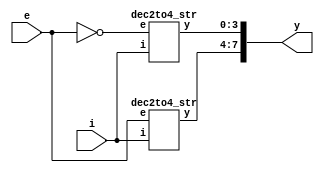
module dec3to8_str_(i,e,y
    );
	 input [1:0]i;
	 input e;
	 output [7:0]y;
	 wire w;
	 not n1(w,e);
	 dec2to4_str n2(i[1:0],w,y[3:0]);
	 dec2to4_str n3(i[1:0],e,y[7:4]);
endmodule
module dec2to4_str(i,e,y
    );
	 input [1:0]i;
	 input e;
	 output [3:0]y;
	 wire w[2:1];
	 not n1(w[1],i[0]);
	 not n2(w[2],i[1]);
	 and n3(y[0],e,w[2],w[1]);
	 and n4(y[1],e,i[0],w[2]);
	 and n5(y[2],e,w[1],i[1]);
	 and n6(y[3],e,i[0],i[1]);
endmodule
module dec3to8_str_tb;

	// Inputs
	reg [1:0] i;
	reg e;

	// Outputs
	wire [7:0] y;

	// Instantiate the design Under Test (DUT)
	dec3to8_str_ dut (i,e,y
	);

	initial begin
		// Initialize Inputs
		{e,i[1],i[0]}=3'b000;#100;
		{e,i[1],i[0]}=3'b001;#100;
		{e,i[1],i[0]}=3'b010;#100;
		{e,i[1],i[0]}=3'b011;#100;
		{e,i[1],i[0]}=3'b100;#100;
		{e,i[1],i[0]}=3'b101;#100;
		{e,i[1],i[0]}=3'b110;#100;
		{e,i[1],i[0]}=3'b111;#100;

	end
      
endmodule